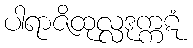
ပါရာဇိထုလ္လဒုက္ကဋံ